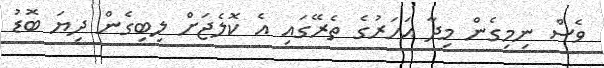
ވެސް ނިމިގެން މިދާ އަހަރުގެ ތެރޭގައި އެ ކޮލެޖަަށް ލިބިގެން ދިޔަ ބޮޑު